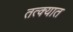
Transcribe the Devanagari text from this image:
तत्क्यात